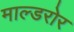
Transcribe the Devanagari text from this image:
माल्डरोर